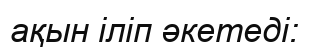
ақын іліп әкетеді: